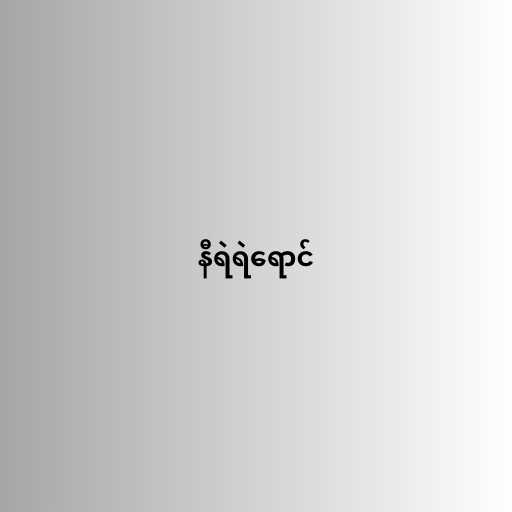
နီရဲရဲရောင်